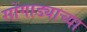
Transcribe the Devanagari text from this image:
सोंगाड्याच्या